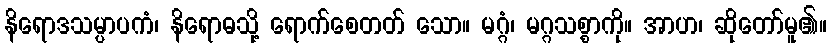
နိရောဒသမ္ပာပကံ၊ နိရောဓသို့ ရောက်စေတတ် သော။ မဂ္ဂံ၊ မဂ္ဂသစ္စာကို။ အာဟ၊ ဆိုတော်မူ၏။